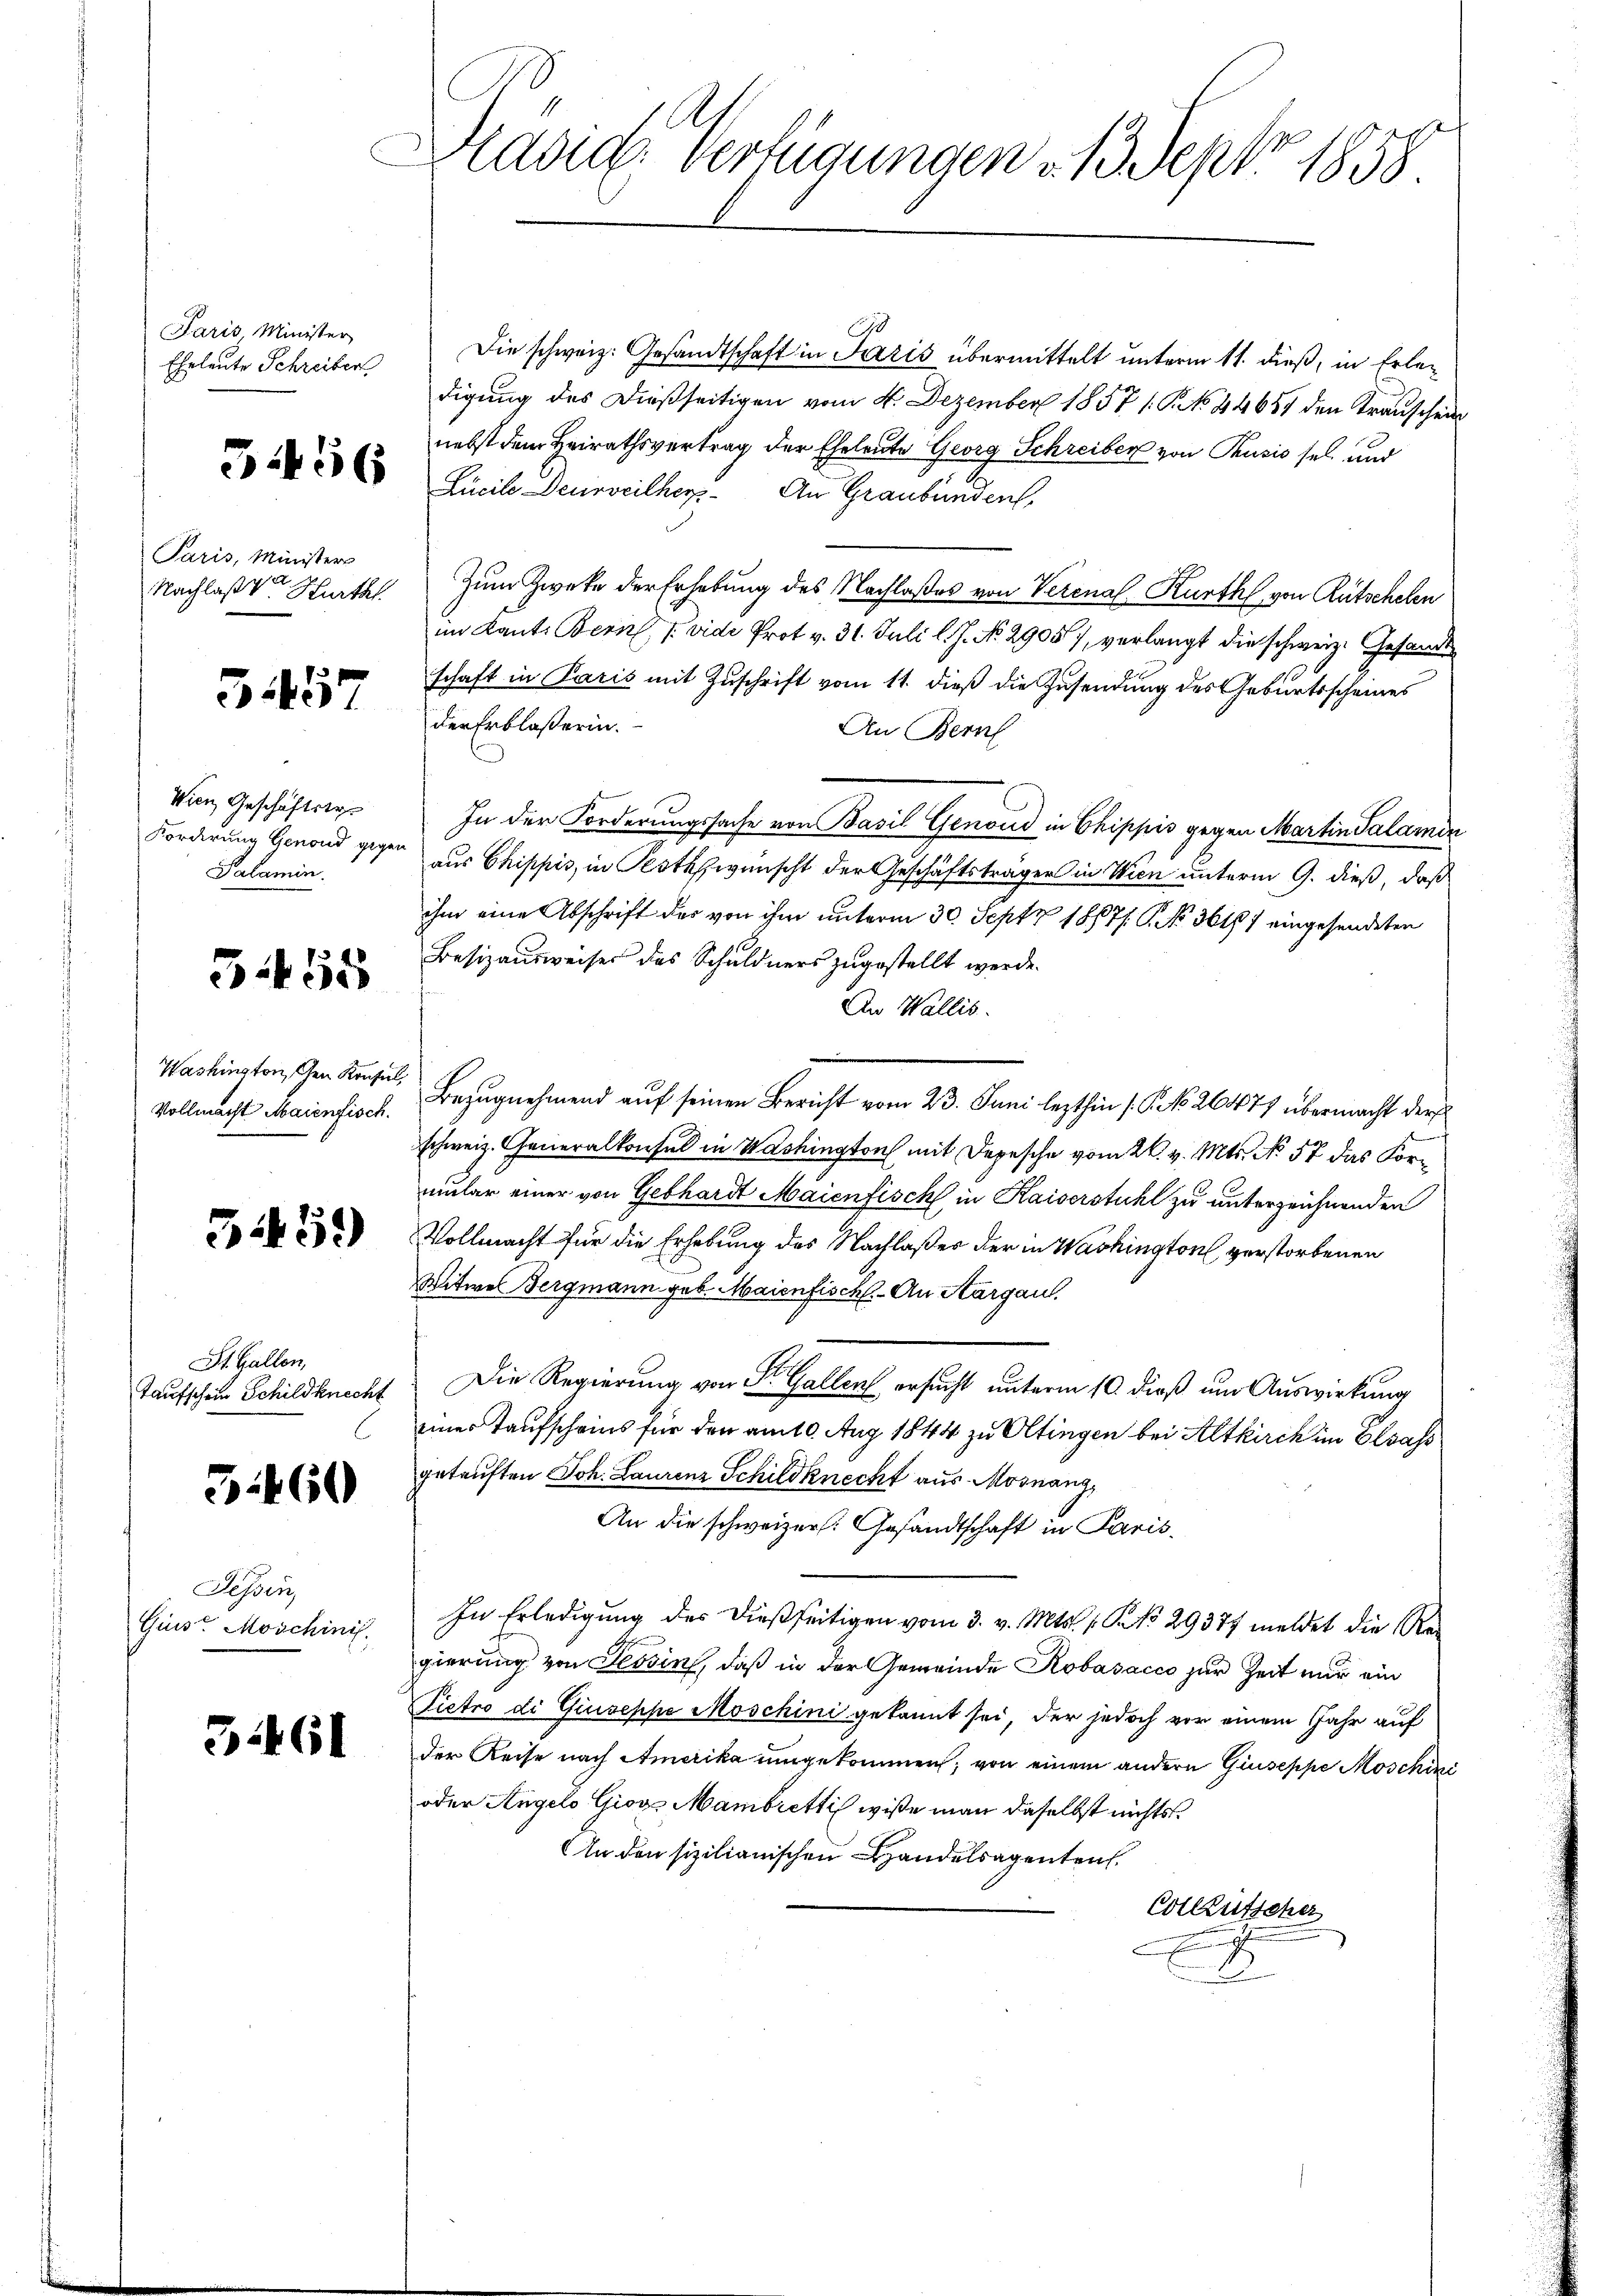
Paris Minister
Eheleute Schreiber

Paris, Ministerr

357

Palamin.

3455

Vollmacht Maienfisch.

B1451)

St. Gallen,

5460

Tessin,

31461

ddig. Verfügungen u. 13. Sept 1858.

10
Die schweiz. Gesandtschaft in Paris übermittelt unterm 11. dieß, in Erledigung des dießseitigen vom 4. Dezember 1857 1. P. No. 44657 den Krauschein
nebst dem Heirathsvertrag der Eheleute Georg Schreiber von Pusić sel. und
2 x 2 2 Gucilo Derseither. An Graubünden.
Nachlaßv Hurth. Zum Zweke der Erhebung des Nachlaßes von Verenal-Kurth von Rutschelen
im Kant. Bern / vide Prot v. 31. Juli l. J. No. 2905, verlangt die schweiz. Gesandts
schaft in Paris mit Zuschrift vom 11. dieß die Zusendung des Geburtsscheines
der Erblasserin.
An Bern
Wien, Geschäftstr. In der Forderungssache von Basil Genoud in Chippis gegen Martin Salamin
Forderung Genand gegen aus Chippis, in Pesth wünscht der Geschäftsträger in Wien unterm 9. dieß, daß
ihm eine Abschrift des von ihm unterm 30. Sept 1867/. P. No. 36187 eingesendeten
Besizausweises das Schuldners zugestellt werde.
An Wallis.
Washington, den Kaute, Bezugnehmend auf seinen Bericht vom 23. Juni lezthin 16. No. 2647) übermacht der
schweiz. Generalkonsul in Washington mit Depesche vom 26. v. Mts. No 57 das Kormular einer von Gebhardt Maienfisch in Kaiserstuhl zu unterzeichnenden
Vollmacht für die Erhebung des Nachlaßes der in Washington verstorbenen
Witwe Bergmann geb. Maienfisch. An Aargau.
Taufschein Schildknecht Die Regierung von St. Gallen ersucht unterm 10. dieß um Auswirkung
einer Taufscheins für den am 10. Aug 1844 zu Ultingen bei Altkirch im Elsass
getauften Joh. Laurenz Schildknecht aus Mosnang,
An die schweizer. Gesandtschaft in Paris
Giuse Moschinis. In Erledigŭng des dießseitigen vom 3. v. Mts. 1. No 29377 meldet die Regierung von Tessin, daß in der Gemeinde Robasacco zur Zeit nur ein
Pietro di Giuseppe Moschini gekannt sei, der jedoch vor einem Jahr auf
der Reise nach Amerika umgekommen; von einem andern Giuseppe Moschini
oder Angelo Giors Mambretti wiße man daselbst nichts
An den sizilianischen Handelsagenten.
Cotleütscher